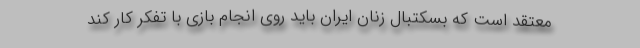
معتقد است که بسکتبال زنان ایران باید روی انجام بازی با تفکر کار کند